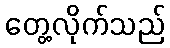
တွေ့လိုက်သည်